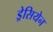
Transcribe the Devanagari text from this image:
ड्रेसियेन